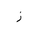
Letter: _zay